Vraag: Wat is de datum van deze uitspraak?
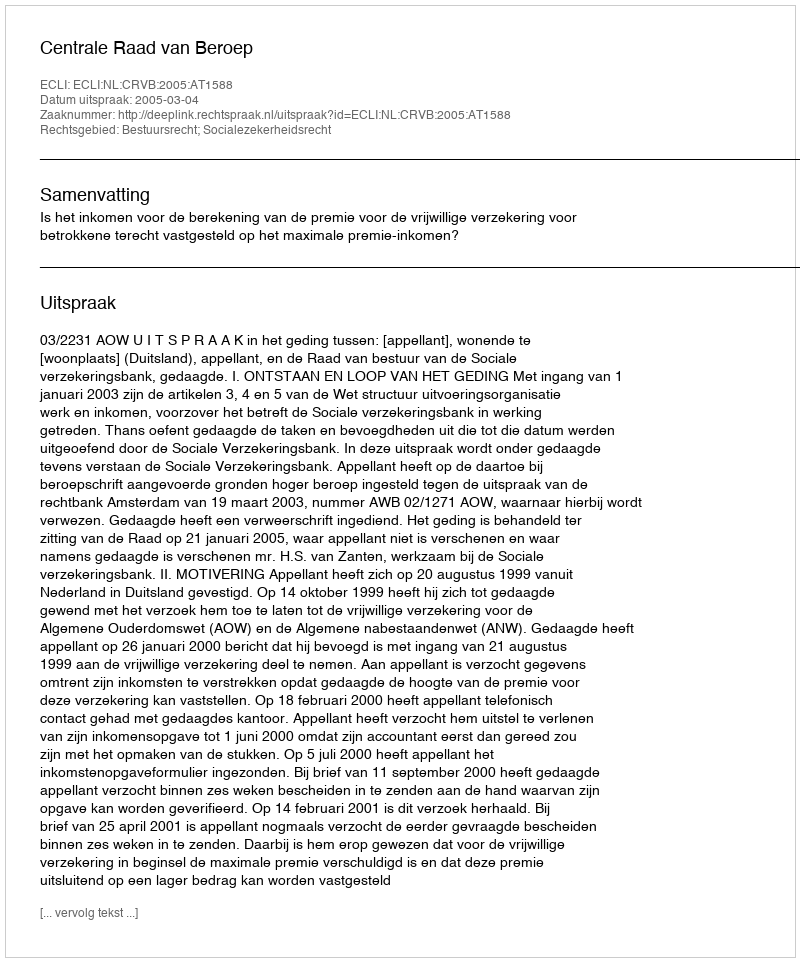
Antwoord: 2005-03-04